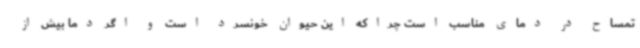
تمساح در دمای مناسب است چراکه این حیوان خونسرد است و اگر دما بیش از